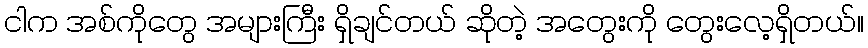
ငါက အစ်ကိုတွေ အများကြီး ရှိချင်တယ် ဆိုတဲ့ အတွေးကို တွေးလေ့ရှိတယ်။